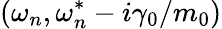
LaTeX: (\omega_{n},\omega_{n}^{*}-i\gamma_{0}/m_{0})